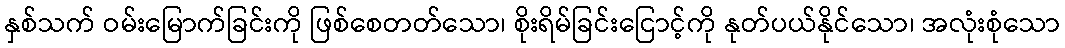
နှစ်သက် ဝမ်းမြောက်ခြင်းကို ဖြစ်စေတတ်သော၊ စိုးရိမ်ခြင်းငြောင့်ကို နုတ်ပယ်နိုင်သော၊ အလုံးစုံသော